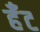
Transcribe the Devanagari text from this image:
र्हँट